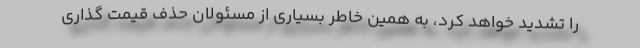
را تشدید خواهد کرد، به همین خاطر بسیاری از مسئولان حذف قیمت گذاری